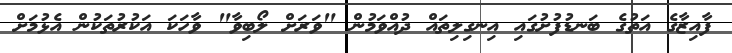
ފާއިޒާގެ އަތުގެ ބަނޑުފުށުގައި އިނގިލިތައް ދުއްވަމުން "ވަރަށް ލޯބިވާ" ވާހަކަ އަކުރުތަކުން އެޅުމަށް